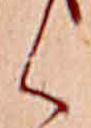
く